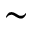
\sim